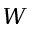
W